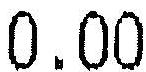
0.00